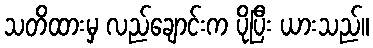
သတိထားမှ လည်ချောင်းက ပိုပြီး ယားသည်။